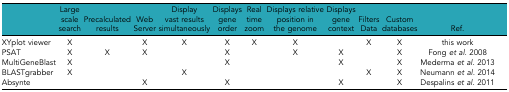
<table><thead><tr><td></td><td><b>Large scale search</b></td><td><b>Precalculated results</b></td><td><b>Web Server</b></td><td><b>Display vast results simultaneously</b></td><td><b>Displays gene order</b></td><td><b>Real time zoom</b></td><td><b>Displays relative position in the genome</b></td><td><b>Displays gene context</b></td><td><b>Filters Data</b></td><td><b>Custom databases</b></td><td><b>Ref.</b></td></tr></thead><tbody><tr><td>XYplot viewer</td><td>X</td><td></td><td>X</td><td>X</td><td>X</td><td>X</td><td>X</td><td></td><td>X</td><td>X</td><td>this work</td></tr><tr><td>PSAT</td><td>X</td><td>X</td><td>X</td><td></td><td>X</td><td></td><td>X</td><td>X</td><td></td><td>X</td><td>Fong <i>et al.</i> 2008</td></tr><tr><td>MultiGeneBlast</td><td>X</td><td></td><td></td><td></td><td>X</td><td></td><td></td><td>X</td><td></td><td>X</td><td>Mederma <i>et al.</i> 2013</td></tr><tr><td>BLASTgrabber</td><td>X</td><td></td><td></td><td>X</td><td></td><td></td><td></td><td></td><td>X</td><td>X</td><td>Neumann <i>et al.</i> 2014</td></tr><tr><td>Absynte</td><td></td><td></td><td>X</td><td></td><td>X</td><td></td><td></td><td>X</td><td></td><td>X</td><td>Despalins <i>et al.</i> 2011</td></tr></tbody></table>